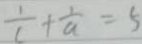
\frac { 1 } { c } + \frac { 1 } { a } = 5